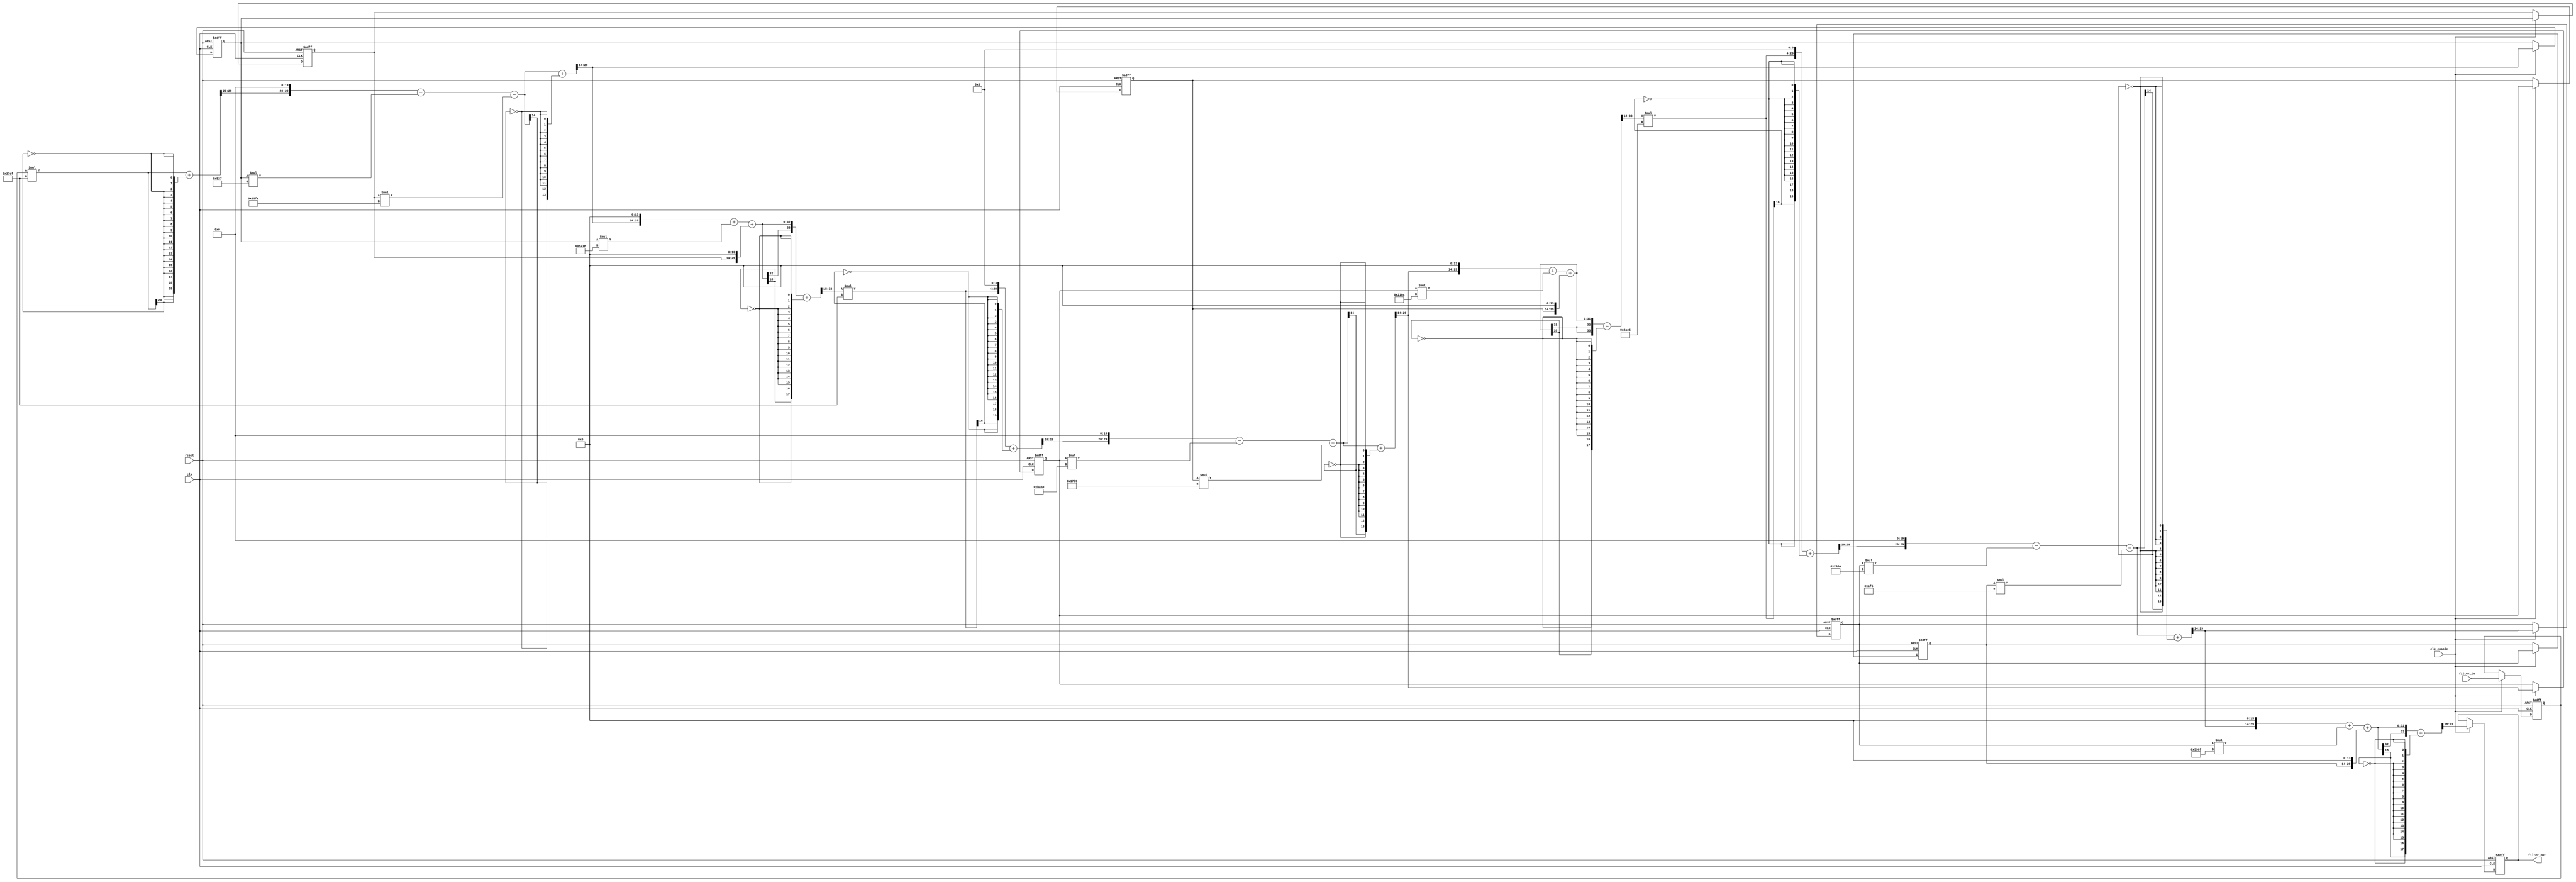
// -------------------------------------------------------------
//
// Module: Lab_2_q1
// Generated by MATLAB(R) 8.1 and the Filter Design HDL Coder 2.9.3.
// Generated on: 2022-03-31 21:52:48
// Lab 2 Filter Question 1
//
// -------------------------------------------------------------

// -------------------------------------------------------------
// HDL Code Generation Options:
//
// Name: Lab_2_q1
// UserComment:  User data, length 23
// TargetLanguage: Verilog
// TestBenchName: Lab_2_q1_tb
// TestBenchStimulus: step ramp chirp 

// Filter Specifications:
//
// Sampling Frequency     : N/A (normalized frequency)
// Response               : Bandstop
// Specification          : Fp1,Fst1,Fst2,Fp2,Ap1,Ast,Ap2
// First Passband Edge    : 0.3
// First Stopband Edge    : 0.4
// Second Stopband Edge   : 0.40833
// Second Passband Edge   : 0.51667
// First Passband Ripple  : 1 dB
// Stopband Atten.        : 60 dB
// Second Passband Ripple : 60 dB
// -------------------------------------------------------------

// -------------------------------------------------------------
// HDL Implementation    : Fully parallel
// Multipliers           : 12
// Folding Factor        : 1
// -------------------------------------------------------------
// Filter Settings:
//
// Discrete-Time IIR Filter (real)
// -------------------------------
// Filter Structure    : Direct-Form II, Second-Order Sections
// Number of Sections  : 3
// Stable              : Yes
// Linear Phase        : No
// Arithmetic          : fixed
// Numerator           : s16,14 -> [-2 2)
// Denominator         : s16,14 -> [-2 2)
// Scale Values        : s16,14 -> [-2 2)
// Input               : s16,15 -> [-1 1)
// Section Input       : s16,9 -> [-64 64)
// Section Output      : s16,11 -> [-16 16)
// Output              : s16,11 -> [-16 16)
// State               : s16,15 -> [-1 1)
// Numerator Prod      : s32,29 -> [-4 4)
// Denominator Prod    : s32,29 -> [-4 4)
// Numerator Accum     : s34,29 -> [-16 16)
// Denominator Accum   : s34,29 -> [-16 16)
// Round Mode          : convergent
// Overflow Mode       : wrap
// -------------------------------------------------------------

`timescale 1 ns / 1 ns

module Lab_2_q1
               (
                clk,
                clk_enable,
                reset,
                filter_in,
                filter_out
                );

  input   clk; 
  input   clk_enable; 
  input   reset; 
  input   signed [15:0] filter_in; //sfix16_En15
  output  signed [15:0] filter_out; //sfix16_En11

////////////////////////////////////////////////////////////////
//Module Architecture: Lab_2_q1
////////////////////////////////////////////////////////////////
  // Local Functions
  // Type Definitions
  // Constants
  parameter signed [15:0] scaleconst1 = 16'b0010011111001111; //sfix16_En14
  parameter signed [15:0] coeff_b1_section1 = 16'b0100000000000000; //sfix16_En14
  parameter signed [15:0] coeff_b2_section1 = 16'b1101001000011110; //sfix16_En14
  parameter signed [15:0] coeff_b3_section1 = 16'b0100000000000000; //sfix16_En14
  parameter signed [15:0] coeff_a2_section1 = 16'b0000010100100111; //sfix16_En14
  parameter signed [15:0] coeff_a3_section1 = 16'b0011010111111010; //sfix16_En14
  parameter signed [15:0] scaleconst2 = 16'b0010011111001111; //sfix16_En14
  parameter signed [15:0] coeff_b1_section2 = 16'b0100000000000000; //sfix16_En14
  parameter signed [15:0] coeff_b2_section2 = 16'b1110000100001010; //sfix16_En14
  parameter signed [15:0] coeff_b3_section2 = 16'b0100000000000000; //sfix16_En14
  parameter signed [15:0] coeff_a2_section2 = 16'b1011101001010000; //sfix16_En14
  parameter signed [15:0] coeff_a3_section2 = 16'b0011011110111001; //sfix16_En14
  parameter signed [15:0] scaleconst3 = 16'b0100101011100101; //sfix16_En14
  parameter signed [15:0] coeff_b1_section3 = 16'b0100000000000000; //sfix16_En14
  parameter signed [15:0] coeff_b2_section3 = 16'b1101100101101111; //sfix16_En14
  parameter signed [15:0] coeff_b3_section3 = 16'b0100000000000000; //sfix16_En14
  parameter signed [15:0] coeff_a2_section3 = 16'b1110100101101010; //sfix16_En14
  parameter signed [15:0] coeff_a3_section3 = 16'b0000101011110101; //sfix16_En14
  // Signals
  reg  signed [15:0] input_register; // sfix16_En15
  wire signed [35:0] scale1; // sfix36_En29
  wire signed [31:0] mul_temp; // sfix32_En29
  wire signed [15:0] scaletypeconvert1; // sfix16_En9
  // Section 1 Signals 
  wire signed [33:0] a1sum1; // sfix34_En29
  wire signed [33:0] a2sum1; // sfix34_En29
  wire signed [33:0] b1sum1; // sfix34_En29
  wire signed [33:0] b2sum1; // sfix34_En29
  wire signed [15:0] typeconvert1; // sfix16_En15
  reg  signed [15:0] delay_section1 [0:1] ; // sfix16_En15
  wire signed [15:0] inputconv1; // sfix16_En9
  wire signed [31:0] a2mul1; // sfix32_En29
  wire signed [31:0] a3mul1; // sfix32_En29
  wire signed [31:0] b1mul1; // sfix32_En29
  wire signed [31:0] b2mul1; // sfix32_En29
  wire signed [31:0] b3mul1; // sfix32_En29
  wire signed [33:0] sub_cast; // sfix34_En29
  wire signed [33:0] sub_cast_1; // sfix34_En29
  wire signed [34:0] sub_temp; // sfix35_En29
  wire signed [33:0] sub_cast_2; // sfix34_En29
  wire signed [33:0] sub_cast_3; // sfix34_En29
  wire signed [34:0] sub_temp_1; // sfix35_En29
  wire signed [33:0] b1multypeconvert1; // sfix34_En29
  wire signed [33:0] add_cast; // sfix34_En29
  wire signed [33:0] add_cast_1; // sfix34_En29
  wire signed [34:0] add_temp; // sfix35_En29
  wire signed [33:0] add_cast_2; // sfix34_En29
  wire signed [33:0] add_cast_3; // sfix34_En29
  wire signed [34:0] add_temp_1; // sfix35_En29
  wire signed [15:0] section_result1; // sfix16_En11
  wire signed [35:0] scale2; // sfix36_En29
  wire signed [31:0] mul_temp_1; // sfix32_En25
  wire signed [15:0] scaletypeconvert2; // sfix16_En9
  // Section 2 Signals 
  wire signed [33:0] a1sum2; // sfix34_En29
  wire signed [33:0] a2sum2; // sfix34_En29
  wire signed [33:0] b1sum2; // sfix34_En29
  wire signed [33:0] b2sum2; // sfix34_En29
  wire signed [15:0] typeconvert2; // sfix16_En15
  reg  signed [15:0] delay_section2 [0:1] ; // sfix16_En15
  wire signed [15:0] inputconv2; // sfix16_En9
  wire signed [31:0] a2mul2; // sfix32_En29
  wire signed [31:0] a3mul2; // sfix32_En29
  wire signed [31:0] b1mul2; // sfix32_En29
  wire signed [31:0] b2mul2; // sfix32_En29
  wire signed [31:0] b3mul2; // sfix32_En29
  wire signed [33:0] sub_cast_4; // sfix34_En29
  wire signed [33:0] sub_cast_5; // sfix34_En29
  wire signed [34:0] sub_temp_2; // sfix35_En29
  wire signed [33:0] sub_cast_6; // sfix34_En29
  wire signed [33:0] sub_cast_7; // sfix34_En29
  wire signed [34:0] sub_temp_3; // sfix35_En29
  wire signed [33:0] b1multypeconvert2; // sfix34_En29
  wire signed [33:0] add_cast_4; // sfix34_En29
  wire signed [33:0] add_cast_5; // sfix34_En29
  wire signed [34:0] add_temp_2; // sfix35_En29
  wire signed [33:0] add_cast_6; // sfix34_En29
  wire signed [33:0] add_cast_7; // sfix34_En29
  wire signed [34:0] add_temp_3; // sfix35_En29
  wire signed [15:0] section_result2; // sfix16_En11
  wire signed [35:0] scale3; // sfix36_En29
  wire signed [31:0] mul_temp_2; // sfix32_En25
  wire signed [15:0] scaletypeconvert3; // sfix16_En9
  // Section 3 Signals 
  wire signed [33:0] a1sum3; // sfix34_En29
  wire signed [33:0] a2sum3; // sfix34_En29
  wire signed [33:0] b1sum3; // sfix34_En29
  wire signed [33:0] b2sum3; // sfix34_En29
  wire signed [15:0] typeconvert3; // sfix16_En15
  reg  signed [15:0] delay_section3 [0:1] ; // sfix16_En15
  wire signed [15:0] inputconv3; // sfix16_En9
  wire signed [31:0] a2mul3; // sfix32_En29
  wire signed [31:0] a3mul3; // sfix32_En29
  wire signed [31:0] b1mul3; // sfix32_En29
  wire signed [31:0] b2mul3; // sfix32_En29
  wire signed [31:0] b3mul3; // sfix32_En29
  wire signed [33:0] sub_cast_8; // sfix34_En29
  wire signed [33:0] sub_cast_9; // sfix34_En29
  wire signed [34:0] sub_temp_4; // sfix35_En29
  wire signed [33:0] sub_cast_10; // sfix34_En29
  wire signed [33:0] sub_cast_11; // sfix34_En29
  wire signed [34:0] sub_temp_5; // sfix35_En29
  wire signed [33:0] b1multypeconvert3; // sfix34_En29
  wire signed [33:0] add_cast_8; // sfix34_En29
  wire signed [33:0] add_cast_9; // sfix34_En29
  wire signed [34:0] add_temp_4; // sfix35_En29
  wire signed [33:0] add_cast_10; // sfix34_En29
  wire signed [33:0] add_cast_11; // sfix34_En29
  wire signed [34:0] add_temp_5; // sfix35_En29
  wire signed [15:0] output_typeconvert; // sfix16_En11
  reg  signed [15:0] output_register; // sfix16_En11

  // Block Statements
  always @ (posedge clk or posedge reset)
    begin: input_reg_process
      if (reset == 1'b1) begin
        input_register <= 0;
      end
      else begin
        if (clk_enable == 1'b1) begin
          input_register <= filter_in;
        end
      end
    end // input_reg_process

  assign mul_temp = input_register * scaleconst1;
  assign scale1 = $signed({{4{mul_temp[31]}}, mul_temp});

  assign scaletypeconvert1 = (scale1[35:0] + {scale1[20], {19{~scale1[20]}}})>>>20;

  //   ------------------ Section 1 ------------------

  assign typeconvert1 = (a1sum1[29:0] + {a1sum1[14], {13{~a1sum1[14]}}})>>>14;

  always @ (posedge clk or posedge reset)
    begin: delay_process_section1
      if (reset == 1'b1) begin
        delay_section1[0] <= 16'b0000000000000000;
        delay_section1[1] <= 16'b0000000000000000;
      end
      else begin
        if (clk_enable == 1'b1) begin
          delay_section1[1] <= delay_section1[0];
          delay_section1[0] <= typeconvert1;
        end
      end
    end // delay_process_section1

  assign inputconv1 = scaletypeconvert1;

  assign a2mul1 = delay_section1[0] * coeff_a2_section1;

  assign a3mul1 = delay_section1[1] * coeff_a3_section1;

  assign b1mul1 = $signed({typeconvert1[15:0], 14'b00000000000000});

  assign b2mul1 = delay_section1[0] * coeff_b2_section1;

  assign b3mul1 = $signed({delay_section1[1][15:0], 14'b00000000000000});

  assign sub_cast = $signed({inputconv1[13:0], 20'b00000000000000000000});
  assign sub_cast_1 = $signed({{2{a2mul1[31]}}, a2mul1});
  assign sub_temp = sub_cast - sub_cast_1;
  assign a2sum1 = sub_temp[33:0];

  assign sub_cast_2 = a2sum1;
  assign sub_cast_3 = $signed({{2{a3mul1[31]}}, a3mul1});
  assign sub_temp_1 = sub_cast_2 - sub_cast_3;
  assign a1sum1 = sub_temp_1[33:0];

  assign b1multypeconvert1 = $signed({{2{b1mul1[31]}}, b1mul1});

  assign add_cast = b1multypeconvert1;
  assign add_cast_1 = $signed({{2{b2mul1[31]}}, b2mul1});
  assign add_temp = add_cast + add_cast_1;
  assign b2sum1 = add_temp[33:0];

  assign add_cast_2 = b2sum1;
  assign add_cast_3 = $signed({{2{b3mul1[31]}}, b3mul1});
  assign add_temp_1 = add_cast_2 + add_cast_3;
  assign b1sum1 = add_temp_1[33:0];

  assign section_result1 = (b1sum1[33:0] + {b1sum1[18], {17{~b1sum1[18]}}})>>>18;

  assign mul_temp_1 = section_result1 * scaleconst2;
  assign scale2 = $signed({mul_temp_1[31:0], 4'b0000});

  assign scaletypeconvert2 = (scale2[35:0] + {scale2[20], {19{~scale2[20]}}})>>>20;

  //   ------------------ Section 2 ------------------

  assign typeconvert2 = (a1sum2[29:0] + {a1sum2[14], {13{~a1sum2[14]}}})>>>14;

  always @ (posedge clk or posedge reset)
    begin: delay_process_section2
      if (reset == 1'b1) begin
        delay_section2[0] <= 16'b0000000000000000;
        delay_section2[1] <= 16'b0000000000000000;
      end
      else begin
        if (clk_enable == 1'b1) begin
          delay_section2[1] <= delay_section2[0];
          delay_section2[0] <= typeconvert2;
        end
      end
    end // delay_process_section2

  assign inputconv2 = scaletypeconvert2;

  assign a2mul2 = delay_section2[0] * coeff_a2_section2;

  assign a3mul2 = delay_section2[1] * coeff_a3_section2;

  assign b1mul2 = $signed({typeconvert2[15:0], 14'b00000000000000});

  assign b2mul2 = delay_section2[0] * coeff_b2_section2;

  assign b3mul2 = $signed({delay_section2[1][15:0], 14'b00000000000000});

  assign sub_cast_4 = $signed({inputconv2[13:0], 20'b00000000000000000000});
  assign sub_cast_5 = $signed({{2{a2mul2[31]}}, a2mul2});
  assign sub_temp_2 = sub_cast_4 - sub_cast_5;
  assign a2sum2 = sub_temp_2[33:0];

  assign sub_cast_6 = a2sum2;
  assign sub_cast_7 = $signed({{2{a3mul2[31]}}, a3mul2});
  assign sub_temp_3 = sub_cast_6 - sub_cast_7;
  assign a1sum2 = sub_temp_3[33:0];

  assign b1multypeconvert2 = $signed({{2{b1mul2[31]}}, b1mul2});

  assign add_cast_4 = b1multypeconvert2;
  assign add_cast_5 = $signed({{2{b2mul2[31]}}, b2mul2});
  assign add_temp_2 = add_cast_4 + add_cast_5;
  assign b2sum2 = add_temp_2[33:0];

  assign add_cast_6 = b2sum2;
  assign add_cast_7 = $signed({{2{b3mul2[31]}}, b3mul2});
  assign add_temp_3 = add_cast_6 + add_cast_7;
  assign b1sum2 = add_temp_3[33:0];

  assign section_result2 = (b1sum2[33:0] + {b1sum2[18], {17{~b1sum2[18]}}})>>>18;

  assign mul_temp_2 = section_result2 * scaleconst3;
  assign scale3 = $signed({mul_temp_2[31:0], 4'b0000});

  assign scaletypeconvert3 = (scale3[35:0] + {scale3[20], {19{~scale3[20]}}})>>>20;

  //   ------------------ Section 3 ------------------

  assign typeconvert3 = (a1sum3[29:0] + {a1sum3[14], {13{~a1sum3[14]}}})>>>14;

  always @ (posedge clk or posedge reset)
    begin: delay_process_section3
      if (reset == 1'b1) begin
        delay_section3[0] <= 16'b0000000000000000;
        delay_section3[1] <= 16'b0000000000000000;
      end
      else begin
        if (clk_enable == 1'b1) begin
          delay_section3[1] <= delay_section3[0];
          delay_section3[0] <= typeconvert3;
        end
      end
    end // delay_process_section3

  assign inputconv3 = scaletypeconvert3;

  assign a2mul3 = delay_section3[0] * coeff_a2_section3;

  assign a3mul3 = delay_section3[1] * coeff_a3_section3;

  assign b1mul3 = $signed({typeconvert3[15:0], 14'b00000000000000});

  assign b2mul3 = delay_section3[0] * coeff_b2_section3;

  assign b3mul3 = $signed({delay_section3[1][15:0], 14'b00000000000000});

  assign sub_cast_8 = $signed({inputconv3[13:0], 20'b00000000000000000000});
  assign sub_cast_9 = $signed({{2{a2mul3[31]}}, a2mul3});
  assign sub_temp_4 = sub_cast_8 - sub_cast_9;
  assign a2sum3 = sub_temp_4[33:0];

  assign sub_cast_10 = a2sum3;
  assign sub_cast_11 = $signed({{2{a3mul3[31]}}, a3mul3});
  assign sub_temp_5 = sub_cast_10 - sub_cast_11;
  assign a1sum3 = sub_temp_5[33:0];

  assign b1multypeconvert3 = $signed({{2{b1mul3[31]}}, b1mul3});

  assign add_cast_8 = b1multypeconvert3;
  assign add_cast_9 = $signed({{2{b2mul3[31]}}, b2mul3});
  assign add_temp_4 = add_cast_8 + add_cast_9;
  assign b2sum3 = add_temp_4[33:0];

  assign add_cast_10 = b2sum3;
  assign add_cast_11 = $signed({{2{b3mul3[31]}}, b3mul3});
  assign add_temp_5 = add_cast_10 + add_cast_11;
  assign b1sum3 = add_temp_5[33:0];

  assign output_typeconvert = (b1sum3[33:0] + {b1sum3[18], {17{~b1sum3[18]}}})>>>18;

  always @ (posedge clk or posedge reset)
    begin: Output_Register_process
      if (reset == 1'b1) begin
        output_register <= 0;
      end
      else begin
        if (clk_enable == 1'b1) begin
          output_register <= output_typeconvert;
        end
      end
    end // Output_Register_process

  // Assignment Statements
  assign filter_out = output_register;
endmodule  // Lab_2_q1